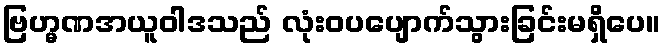
ဗြဟ္မဏအယူဝါဒသည် လုံးဝပပျောက်သွားခြင်းမရှိပေ။